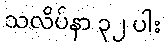
သလိပ်နာ ၃၂ ပါး